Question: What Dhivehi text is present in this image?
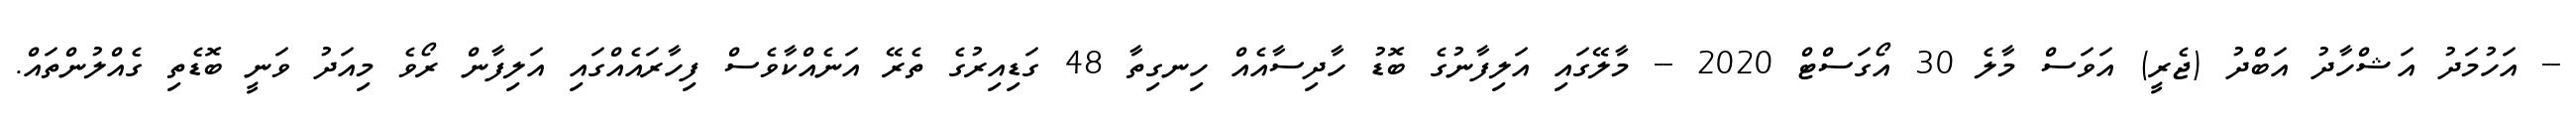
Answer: -- އަހުމަދު އަޝްހާދު އަބްދު (ޖެރީ) އަވަސް މާލެ 30 އޯގަސްޓް 2020 -- މާލޭގައި އަލިފާނުގެ ބޮޑު ހާދިސާއެއް ހިނގިތާ 48 ގަޑިއިރުގެ ތެރޭ އަނެއްކާވެސް ފިހާރައެއްގައި އަލިފާން ރޯވެ މިއަދު ވަނީ ބޮޑެތި ގެއްލުންތައް.